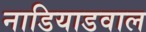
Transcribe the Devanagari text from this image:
नाडियाडवाल